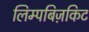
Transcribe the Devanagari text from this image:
लिम्पबिज़किट